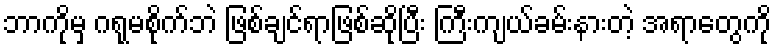
ဘာကိုမှ ဂရုမစိုက်ဘဲ ဖြစ်ချင်ရာဖြစ်ဆိုပြီး ကြီးကျယ်ခမ်းနားတဲ့ အရာတွေကို